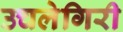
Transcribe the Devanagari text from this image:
उचलेगिरी